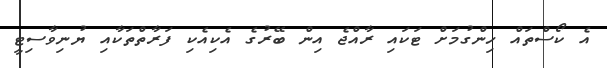
އެ ކޯސްތައް ހިންގުމަށް ޓަކައި ރާއްޖެ އިން ބޭރުގެ އެކިއެކި ފަރާތްތަކާއި ޔުނިވާސިޓީ